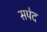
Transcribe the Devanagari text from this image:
सपेद